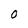
Character: O